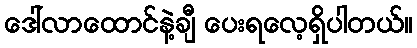
ဒေါ်လာထောင်နဲ့ချီ ပေးရလေ့ရှိပါတယ်။